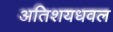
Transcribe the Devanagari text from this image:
अतिशयधवल